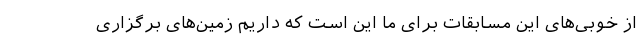
از خوبی‌های این مسابقات برای ما این است که داریم زمین‌های برگزاری